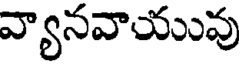
వ్యానవాయువు